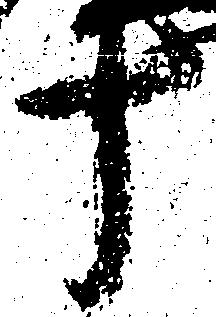
十